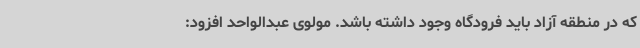
که در منطقه آزاد باید فرودگاه وجود داشته باشد. مولوی عبدالواحد افزود: